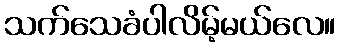
သက်သေခံပါလိမ့်မယ်လေ။